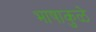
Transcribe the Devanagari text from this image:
भाषाकुळे